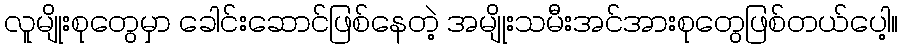
လူမျိုးစုတွေမှာ ခေါင်းဆောင်ဖြစ်နေတဲ့ အမျိုးသမီးအင်အားစုတွေဖြစ်တယ်ပေါ့။